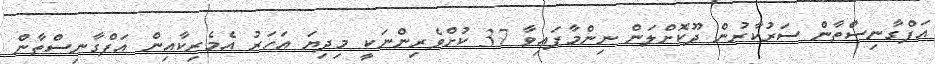
އަފްގާނިސްތާން ސަރުކާރުން ދޫކޮށްލަން ނިންމާފައިވާ 37 ކުށްވެރިންނަކީ މިދިޔަ އަހަރު އެމެރިކާއިން އަފްގާނިސްތާން